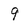
Character: 9